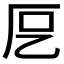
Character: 𭆁